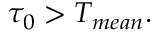
\tau _ { 0 } > T _ { m e a n } .